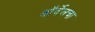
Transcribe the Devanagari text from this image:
ऑर्वेलचा